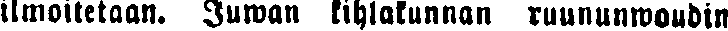
ilmoitetaan. Juwan kihlakunnan ruununwoudin